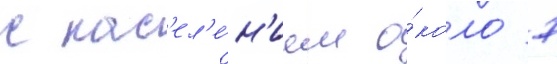
с нас'ел'е́н'ием о́коло 7